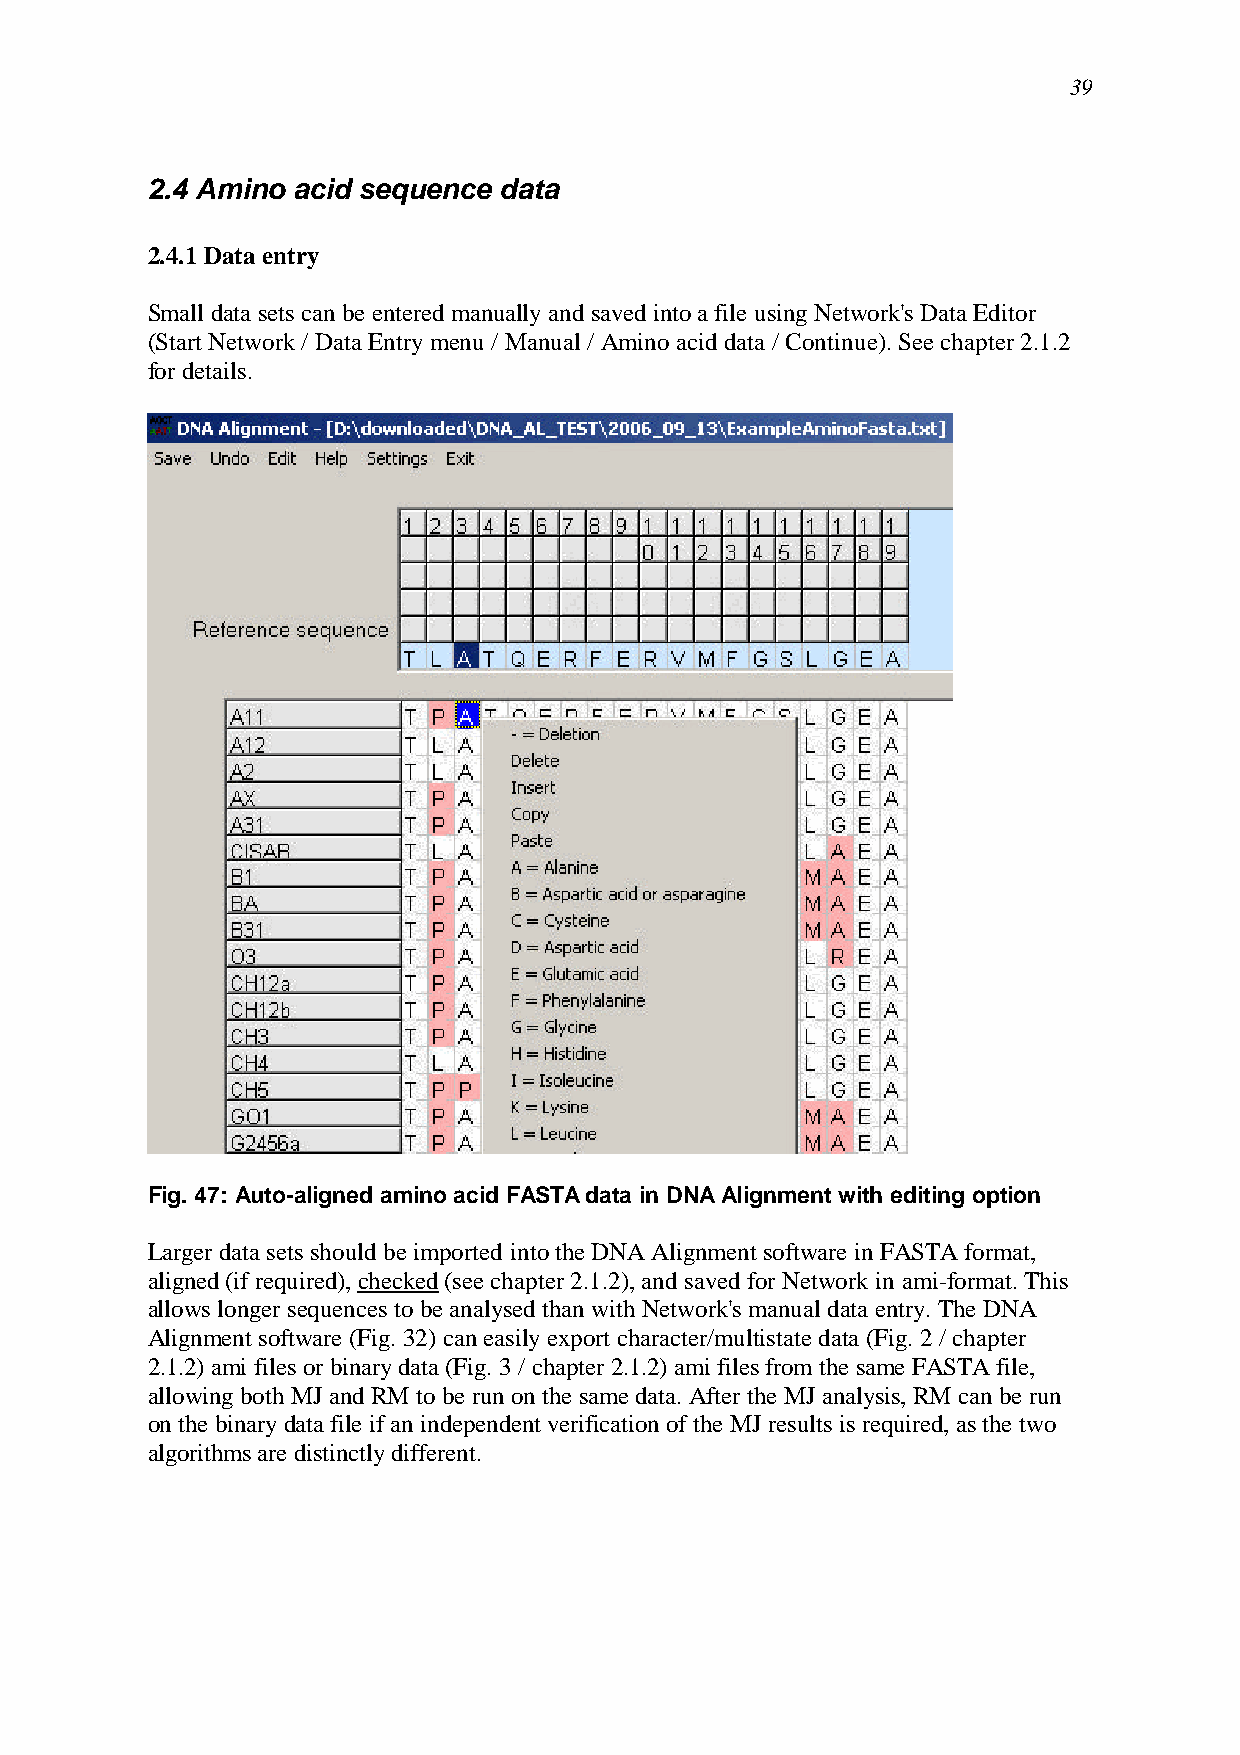
39
 2.4 Amino acid sequence data
 2.4.1 Data entry
 Small data sets can be entered manually and saved into a file using Network's Data Editor
 (Start Network / Data Entry menu / Manual / Amino acid data / Continue). See chapter 2.1.2
 for details.
 Fig. 47: Auto-aligned amino acid FASTA data in DNA Alignment with editing option
 Larger data sets should be imported into the DNA Alignment software in FASTA format,
 aligned (if required), checked (see chapter 2.1.2), and saved for Network in ami-format. This
 allows longer sequences to be analysed than with Network's manual data entry. The DNA
 Alignment software (Fig. 32) can easily export character/multistate data (Fig. 2 / chapter
 2.1.2) ami files or binary data (Fig. 3 / chapter 2.1.2) ami files from the same FASTA file,
 allowing both MJ and RM to be run on the same data. After the MJ analysis, RM can be run
 on the binary data file if an independent verification of the MJ results is required, as the two
 algorithms are distinctly different.